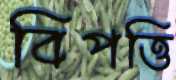
বিপত্তি